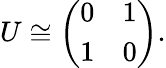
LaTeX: U\cong\left(\begin{array}{cc}{{0}}&{{1}}\\ {{1}}&{{0}}\end{array}\right).